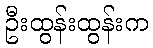
ဦးထွန်းထွန်းက